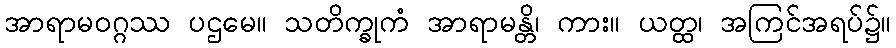
အာရာမဝဂ္ဂဿ ပဌမေ။ သတိက္ခုကံ အာရာမန္တိ၊ ကား။ ယတ္ထ၊ အကြင်အရပ်၌။